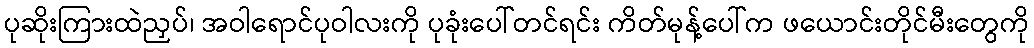
ပုဆိုးကြားထဲညှပ်၊ အဝါရောင်ပုဝါလးကို ပုခုံးပေါ်တင်ရင်း ကိတ်မုန့်ပေါ်က ဖယောင်းတိုင်မီးတွေကို